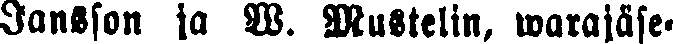
Jansson ja W. Mustelin, walajäse-